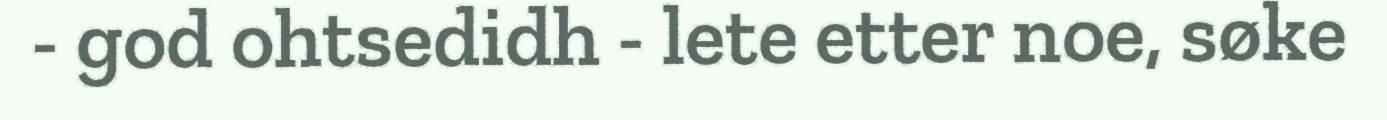
- god ohtsedidh - lete etter noe, søke